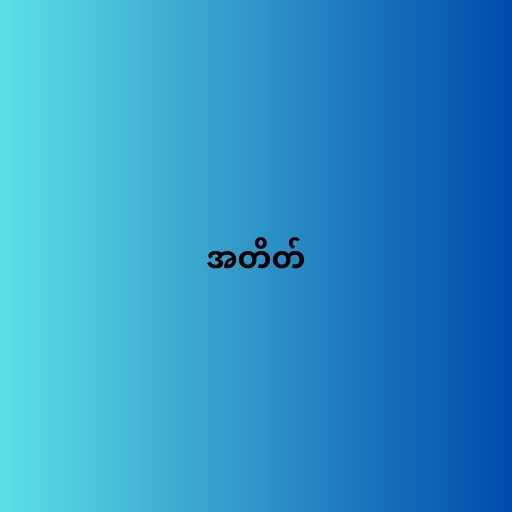
အတိတ်